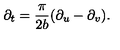
\partial _ { t } = { \frac { \pi } { 2 { b } } } ( \partial _ { u } - \partial _ { v } ) .